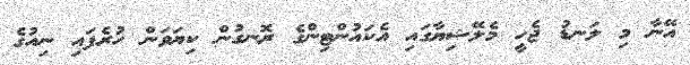
އޭނާ މި ލަނޑު ޖެހީ މެލޭޝިޔާގައި އެކައުންޓިންގެ ރޮނގުން ކިޔަވަން ހުރެފައި ނިއުގެ